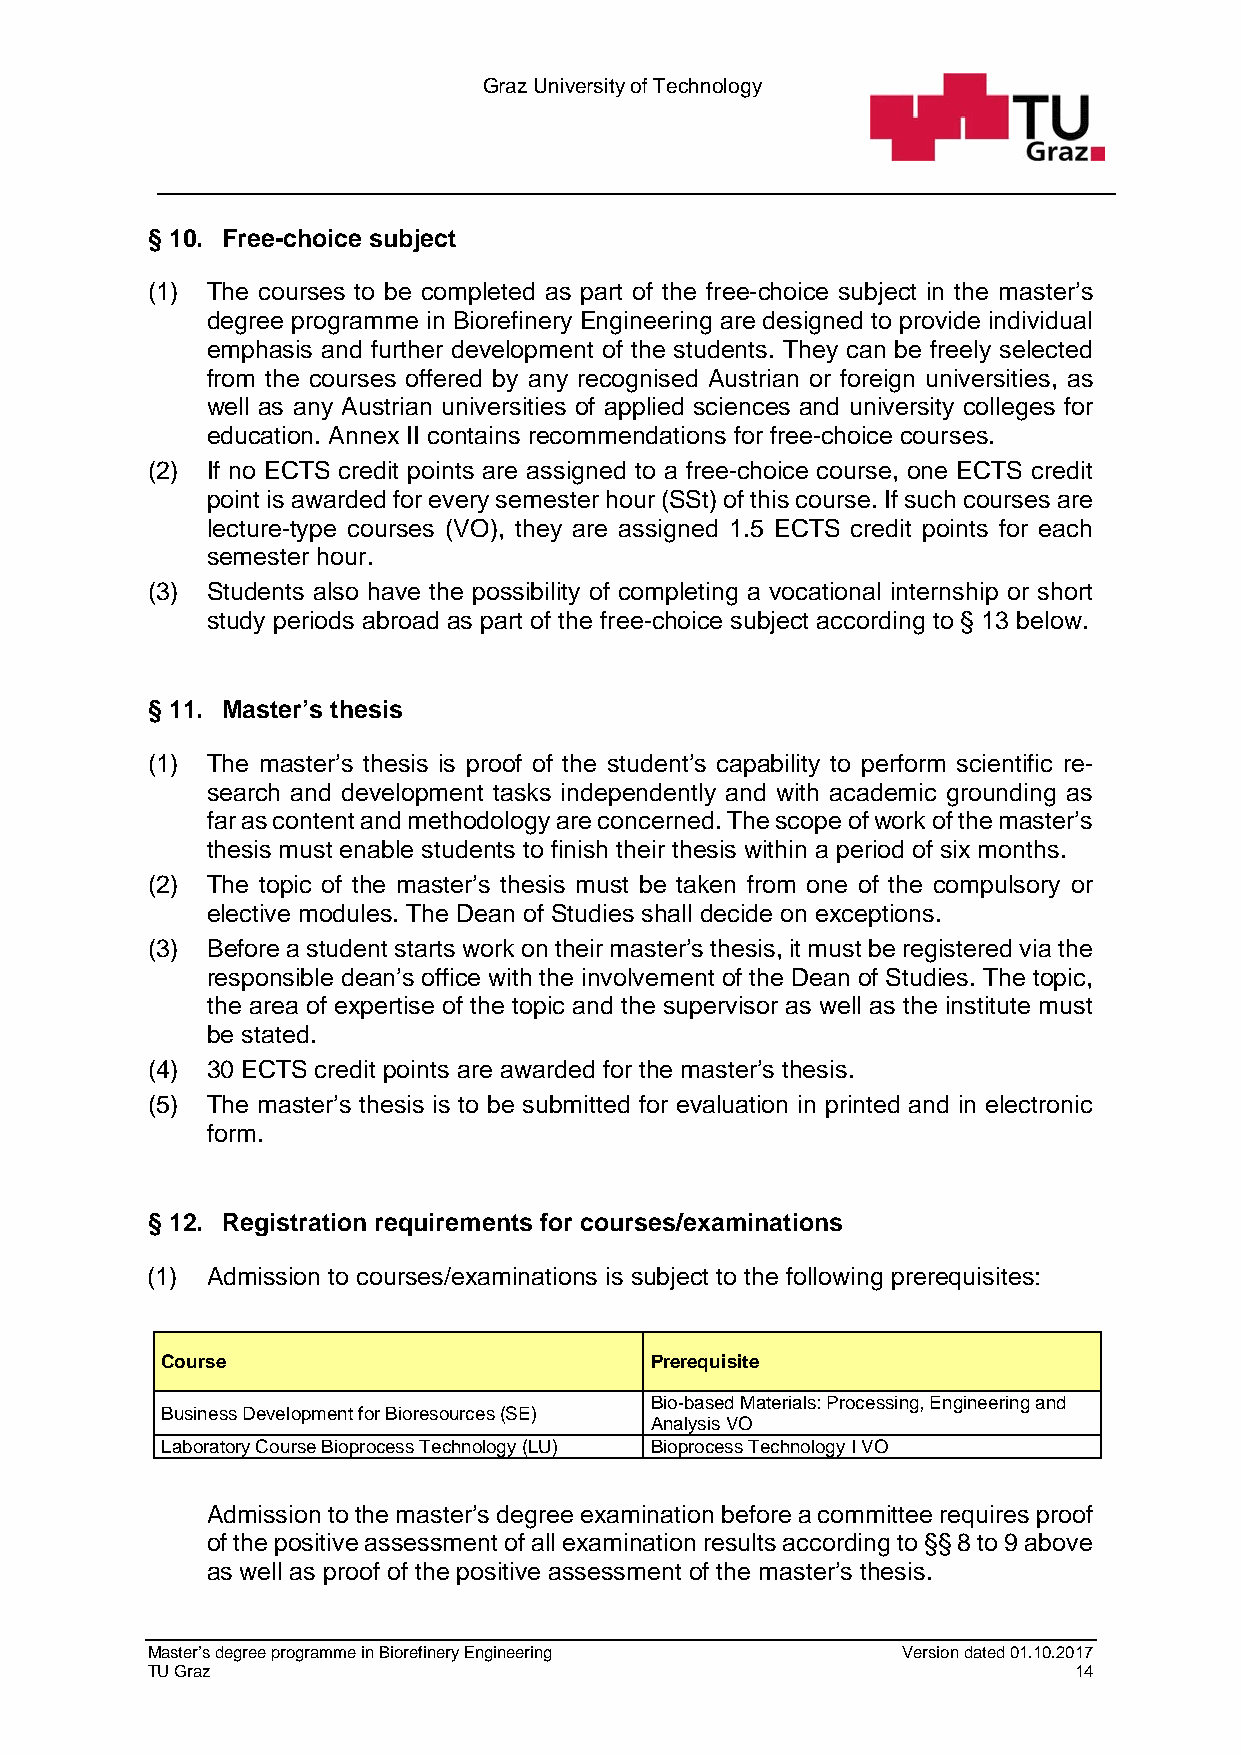
Graz University of Technology
 § 10. Free-choice subject
 (1) The courses to be completed as part of the free-choice subject in the master’s
 degree programme in Biorefinery Engineering are designed to provide individual
 emphasis and further development of the students. They can be freely selected
 from the courses offered by any recognised Austrian or foreign universities, as
 well as any Austrian universities of applied sciences and university colleges for
 education. Annex II contains recommendations for free-choice courses.
 (2) If no ECTS credit points are assigned to a free-choice course, one ECTS credit
 point is awarded for every semester hour (SSt) of this course. If such courses are
 lecture-type courses (VO), they are assigned 1.5 ECTS credit points for each
 semester hour.
 (3) Students also have the possibility of completing a vocational internship or short
 study periods abroad as part of the free-choice subject according to § 13 below.
 § 11. Master’s thesis
 (1) The master’s thesis is proof of the student’s capability to perform scientific re-
 search and development tasks independently and with academic grounding as
 far as content and methodology are concerned. The scope of work of the master’s
 thesis must enable students to finish their thesis within a period of six months.
 (2) The topic of the master’s thesis must be taken from one of the compulsory or
 elective modules. The Dean of Studies shall decide on exceptions.
 (3) Before a student starts work on their master’s thesis, it must be registered via the
 responsible dean’s office with the involvement of the Dean of Studies. The topic,
 the area of expertise of the topic and the supervisor as well as the institute must
 be stated.
 (4) 30 ECTS credit points are awarded for the master’s thesis.
 (5) The master’s thesis is to be submitted for evaluation in printed and in electronic
 form.
 § 12. Registration requirements for courses/examinations
 (1) Admission to courses/examinations is subject to the following prerequisites:
 Course                          Prerequisite
 Bio-based Materials: Processing, Engineering and
 Business Development for Bioresources (SE)
 Analysis VO
 Laboratory Course Bioprocess Technology (LU) Bioprocess Technology I VO
 Admission to the master’s degree examination before a committee requires proof
 of the positive assessment of all examination results according to §§ 8 to 9 above
 as well as proof of the positive assessment of the master’s thesis.
 Master’s degree programme in Biorefinery Engineering Version dated 01.10.2017
 TU Graz                                                      14